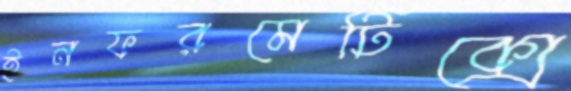
ইনফরমেটিক্সে